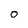
Character: O